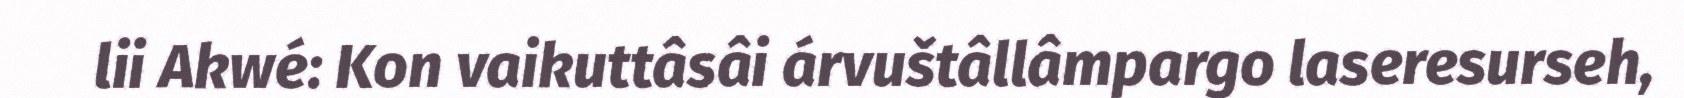
lii Akwé: Kon vaikuttâsâi árvuštâllâmpargo laseresurseh,